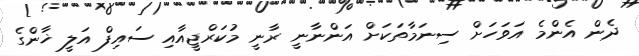
ދެން އެންމެ އަވަހަށް ސިނަމާތަކަށް އަންނާނީ ރާނީ މުކަރްޖީއާއި ސައިފް އަލީ ޚާންގެ